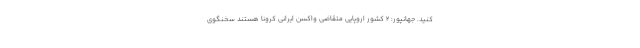
کنید. جهانپور: ۲ کشور اروپایی متقاضی واکسن ایرانی کرونا هستند سخنگوی